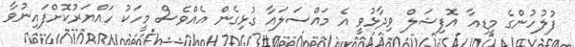
ފުލުހުންގެ މީޑިއާ އޮފިޝަލް ވިދާޅުވީ އެ މައްސަލައާ ގުޅިގެން އެއްވެސް މީހަކު ހައްޔަރުކޮށްފައިނުވާ